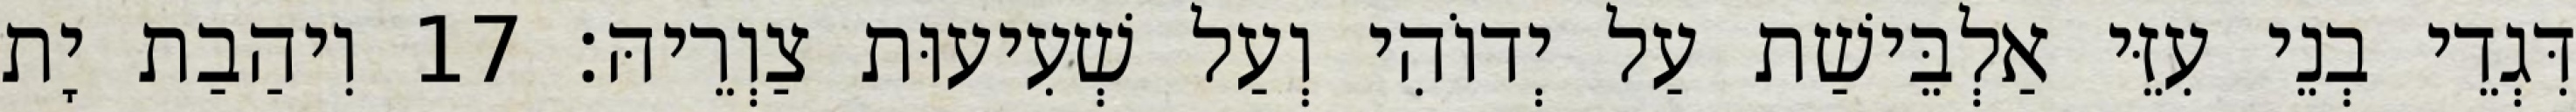
דִּגְדֵי בְנֵי עִזֵּי אַלְבֵּישַׁת עַל יְדוֹהִי וְעַל שְׁעִיעוּת צַוְרֵיהּ׃ 17 וִיהַבַת יָת